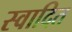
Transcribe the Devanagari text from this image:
स्वादित